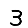
Digit: 3